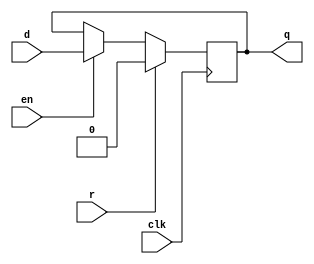
module dffre(d,en,r,clk,q);
parameter WIDTH = 1;
input en,r,clk;
input[WIDTH-1:0] d;
output reg[WIDTH-1:0] q;

always @(posedge clk)
begin
	if(r) q = {WIDTH{1'b0}};
	else if(en) q=d;
	else q = q;
end

endmodule